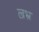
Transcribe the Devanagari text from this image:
ल्रभ्र